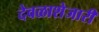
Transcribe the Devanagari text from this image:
देवळाशेजारी